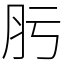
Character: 肟